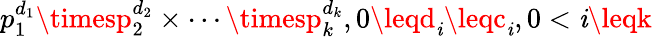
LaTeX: p_{1}^{d_{1}}\timesp_{2}^{d_{2}}\times\cdots\timesp_{k}^{d_{k}},0\leqd_{\mathit{i}}\leqc_{\mathit{i}},0<\mathit{i}\leqk